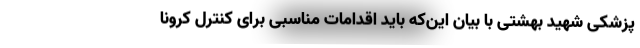
پزشکی شهید بهشتی با بیان این‌‌که باید اقدامات مناسبی برای کنترل کرونا